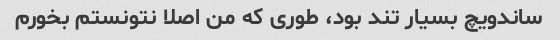
ساندویچ بسیار تند بود، طوری که من اصلا نتونستم بخورم